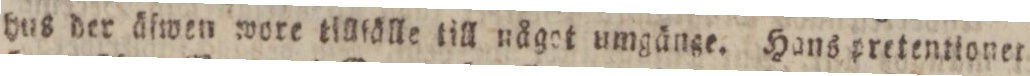
hus der äfwen wore tilliälle till något umgänge. Hans pretentionet